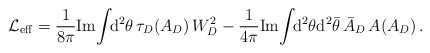
\begin{align*}{\cal L}_{\rm eff}= \frac{1}{8\pi}{\rm Im}\!\int\!\! {\rm d}^2\theta \,\tau_D(A_D)\,W^2_D-\frac{1}{4\pi}{\rm Im}\!\int\!\! {\rm d}^2\theta {\rm d}^2\bar\theta\,\bar A_D\,A (A_D)\,.\end{align*}